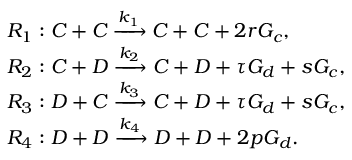
\begin{array} { r l } & { R _ { 1 } : C + C \xrightarrow { k _ { 1 } } C + C + 2 r G _ { c } , } \\ & { R _ { 2 } : C + D \xrightarrow { k _ { 2 } } C + D + \tau G _ { d } + s G _ { c } , } \\ & { R _ { 3 } : D + C \xrightarrow { k _ { 3 } } C + D + \tau G _ { d } + s G _ { c } , } \\ & { R _ { 4 } : D + D \xrightarrow { k _ { 4 } } D + D + 2 p G _ { d } . } \end{array}